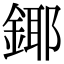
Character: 鎁